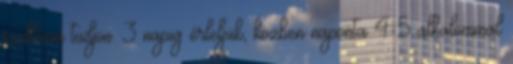
szellőzni tudjon. 3 napig érleljük, közben naponta 4-5 alkalommal